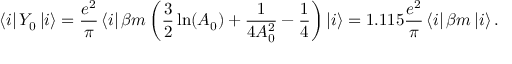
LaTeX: \left\langle i \right| Y _ { 0 } \left| i \right\rangle = \frac { e ^ { 2 } } \pi \left\langle i \right| \beta m \left( \frac 3 2 \ln ( A _ { 0 } ) + \frac 1 { 4 A _ { 0 } ^ { 2 } } - \frac 1 4 \right) \left| i \right\rangle = 1 . 1 1 5 \frac { e ^ { 2 } } \pi \left\langle i \right| \beta m \left| i \right\rangle .